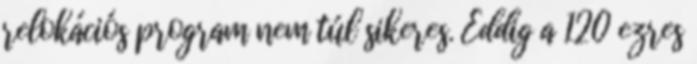
relokációs program nem túl sikeres. Eddig a 120 ezres